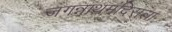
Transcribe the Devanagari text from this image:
जगन्नाथमंदिराला